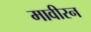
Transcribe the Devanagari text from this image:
मावीरन